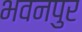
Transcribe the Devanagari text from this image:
भवनपुर